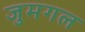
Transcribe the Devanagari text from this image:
जुमगल